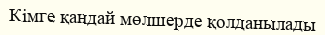
Кімге қандай мөлшерде қолданылады